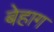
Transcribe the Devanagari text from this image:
बेहाग